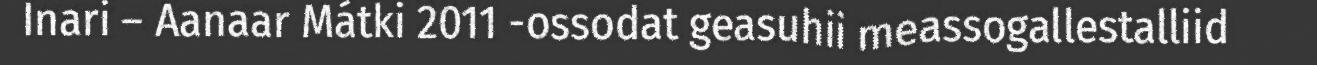
Inari – Aanaar Mátki 2011 -ossodat geasuhii meassogallestalliid